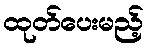
ထုတ်ပေးမည့်